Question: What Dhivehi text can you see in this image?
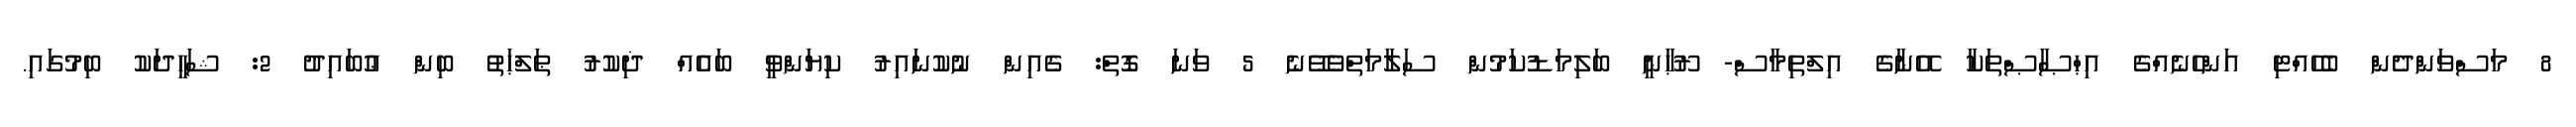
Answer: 8 މަސްވަންދެން ބެހެއްޓި އަންހެނެއްގެ އިޙްޞާޞްތަކާ އޭނާގެ އިލްތިމާސް- ރޫޙާނީ ބަލިމަޑުކަމުން ސަލާމަތްވެވޭނެ 5 ވަނަ ގޮތް: ގެއިން ނުކުނައިރު ކިޔަންވީ ބައެއް ޛިކުރު ޠަލްޙަތު ބިން ޢުބައިދު 2: ޝަހީދަކު ބިމުގައި.